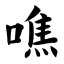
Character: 噍